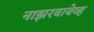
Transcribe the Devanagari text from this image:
नाझरबायेव्ह